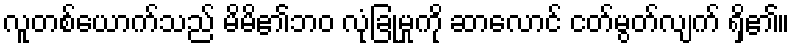
လူတစ်ယောက်သည် မိမိ၏ဘဝ လုံခြုံမှုကို ဆာလောင် ငတ်မွတ်လျက် ရှိ၏။